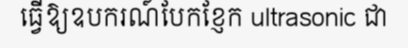
ធ្វើឱ្យឧបករណ៍បែកខ្ញែក ultrasonic ជា